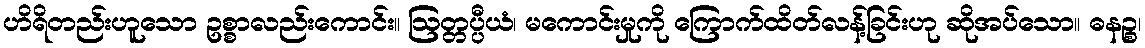
ဟိရိတည်းဟူသော ဥစ္စာလည်းကောင်း။ ဩတ္တပ္ပီယံ၊ မကောင်းမှုကို ကြောက်ထိတ်လန့်ခြင်းဟု ဆိုအပ်သော။ ဓနဉ္စ၊